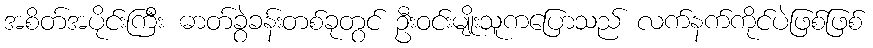
အစိတ်အပိုင်းကြီး ဓာတ်ခွဲခန်းတစ်ခုတွင် ဦးဝင်းမျိုးသူကပြောသည် လက်နက်ကိုင်ပဲဖြစ်ဖြစ်